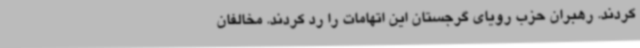
کردند. رهبران حزب رویای گرجستان این اتهامات را رد کردند. مخالفان